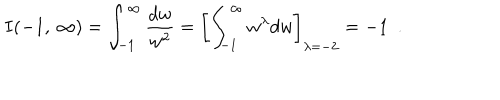
I ( - 1 , \: \infty ) = \int _ { - 1 } ^ { \infty } \frac { d w } { w ^ { 2 } } = \left[ \int _ { - 1 } ^ { \infty } w ^ { \lambda } d w \right] _ { \lambda = - 2 } = - 1 ~ ~ .